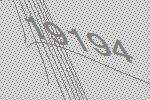
19194